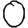
Digit: 0